Scientific memoirs by medical officers of the Army of India - Part XII,
Year: 1901
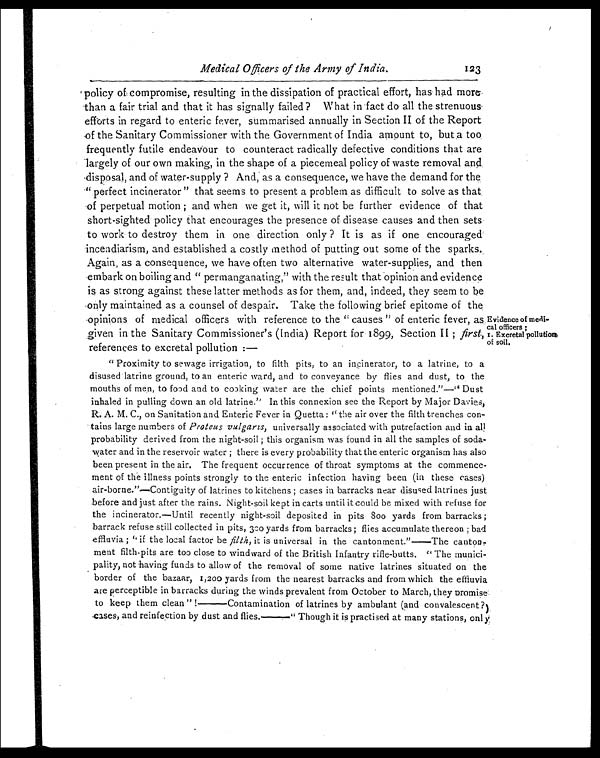
Medical Officers of the Army of India.
policy of compromise, resulting in the dissipation of practical effort, has had more
than a fair trial and that it has signally failed ? What in fact do all the strenuous
efforts in regard to enteric fever, summarised annually in Section II of the Report
of the Sanitary Commissioner with the Government of India amount to, but .a too
frequently futile endeavour to counteract radically defective conditions that are
largely of our own making, in the shape of a piecemeal policy of waste removal and
disposal, and of water-supply ? And, as a consequence, we have the demand for the
" perfect incinerator " that seems to present a problem as difficult to solve as that
of perpetual motion; and when we get it, will it not be further evidence of that
short-sighted policy that encourages the presence of disease causes and then sets
to work to destroy them in one direction only ? It is as if one encouraged
incendiarism, and established a costly method of putting out some of the sparks.
Again, as a consequence, we have often two alternative water-supplies, and then
embark on boiling and " permanganating," with the result that opinion and evidence
is as strong against these latter methods as for them, and, indeed, they seem to be
only maintained as a counsel of despair. Take the following brief epitome of the
opinions of medical officers with reference to the " causes " of enteric fever, as
given in the Sanitary Commissioner's (India) Report for 1899, Section II; first,
references to excretal pollution:—
123
Evidence of medi-
cal officers ;
I. Excretal pollution
of soil._
" Proximity to sewage irrigation, to filth pits, to an incinerator, to a latrine, to a
disused latrine ground, to an enteric ward, and to conveyance by flies and dust, to the
mouths of men, to food and to cooking water are the chief points mentioned."—" Dust
inhaled in pulling down an old latrine." In this connexion see the Report by Major Davies,
R. A. M. C., on Sanitation and Enteric Fever in Quetta: " the air over the filth trenches con
-tains large numbers of Proteus vulgarzs, universally associated with putrefaction and in all
probability derived from the night-soil; this organism was found in all the samples of soda-
Water and in the reservoir water; there is every probability that the enteric organism has also
been present in the air. The frequent occurrence of throat symptoms at the commence-
merit of the illness points strongly to the enteric infection having been (in these cases)
air-borne."—Contiguity of latrines to kitchens; cases in barracks near disused latrines just
before and just after the rains. Night-soil kept in carts until it could be mixed with refuse for
the incinerator.—Until recently night-soil deposited in pits 800 yards from barracks;
barrack refuse still collected in pits, 300 yards from barracks; flies accumulate thereon; bad
effluvia; " if the local factor be filth, it is universal in the cantonment."—The canton-
ment filth-pits are too close to windward of the British Infantry rifle-butts. " The munici-
-pality, not having funds to allow of the removal of some native latrines situated on the
border of the bazaar, 1,200
yards from the nearest barracks and from which the effluvia
are perceptible in barracks during the winds prevalent from October to March, they promise
to keep them clean" !—Contamination of latrines by ambulant (and convalescent ?)
cases, and reinfection by dust and flies.—" Though it is practised at many stations, only